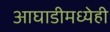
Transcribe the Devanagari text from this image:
आघाडीमध्येही